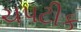
ચપટીક